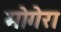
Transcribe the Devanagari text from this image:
मोगेरा